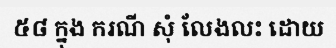
៥៨ ក្នុង ករណី សុំ លែងលះ ដោយ